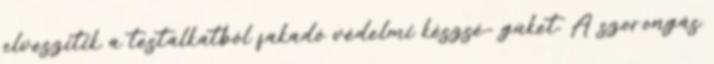
elveszítik a testalkatból fakadó védelmi készsé- güket. A szorongás